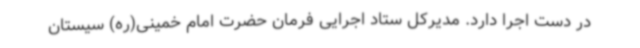
در دست اجرا دارد. مدیرکل ستاد اجرایی فرمان حضرت امام خمینی(ره) سیستان